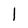
Character: l